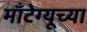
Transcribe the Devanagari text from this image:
माँटेग्यूच्या